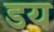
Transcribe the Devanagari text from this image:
डय